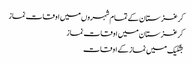
کرغزستان کے تمام شہروں میں اوقات نماز
کرغزستان میں اوقات نماز
بشکیک میں نماز کے اوقات